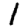
Digit: 1